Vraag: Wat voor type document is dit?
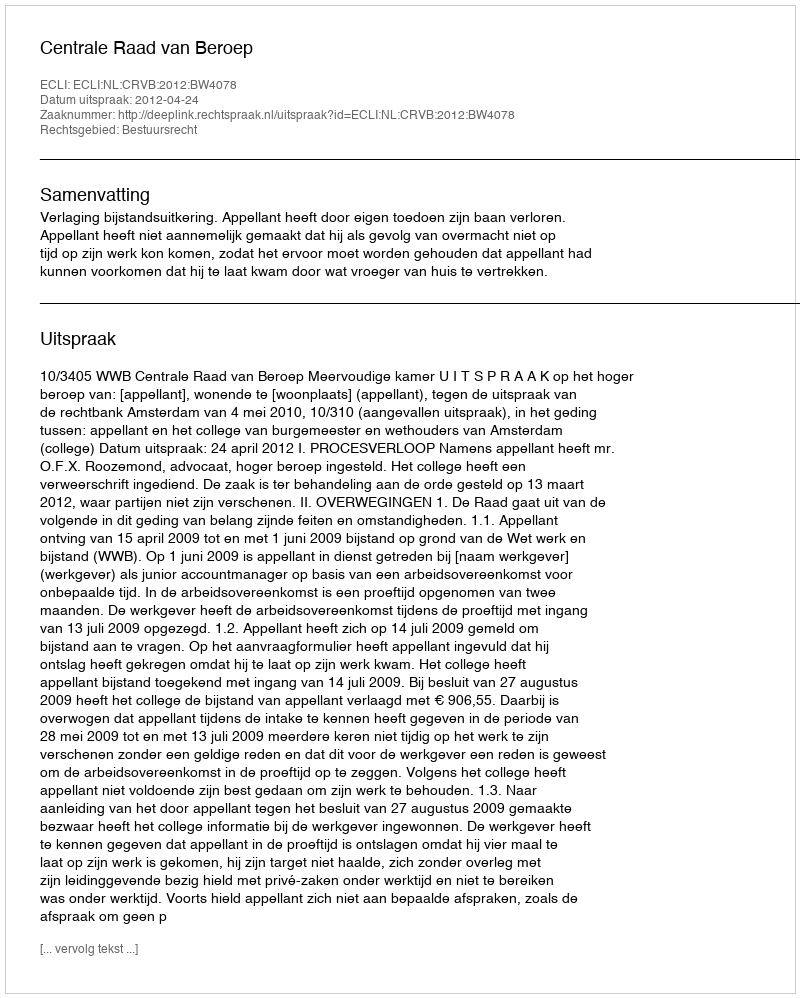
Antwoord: Uitspraak